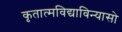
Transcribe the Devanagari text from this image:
कृतात्मविद्याविन्यासो